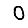
Digit: 0